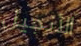
الأنجيل